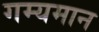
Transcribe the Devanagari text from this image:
गम्यमान